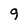
Character: 9